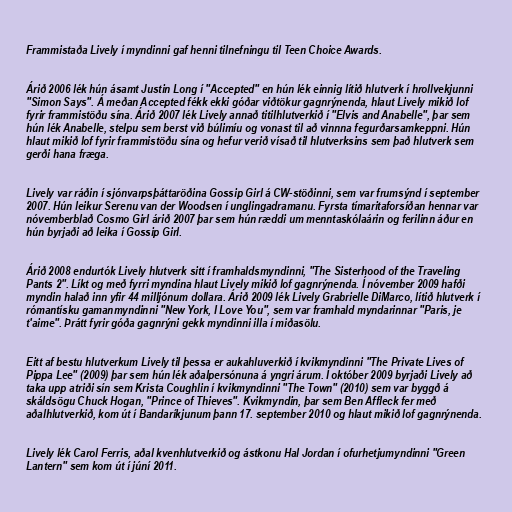
Frammistaða Lively í myndinni gaf henni tilnefningu til Teen Choice Awards.

Árið 2006 lék hún ásamt Justin Long í "Accepted" en hún lék einnig lítið hlutverk í hrollvekjunni
"Simon Says". Á meðan Accepted fékk ekki góðar viðtökur gagnrýnenda, hlaut Lively mikið lof
fyrir frammistöðu sína. Árið 2007 lék Lively annað titilhlutverkið í "Elvis and Anabelle", þar sem
hún lék Anabelle, stelpu sem berst við búlimíu og vonast til að vinnna fegurðarsamkeppni. Hún
hlaut mikið lof fyrir frammistöðu sína og hefur verið vísað til hlutverksins sem það hlutverk sem
gerði hana fræga.

Lively var ráðin í sjónvarpsþáttaröðina Gossip Girl á CW-stöðinni, sem var frumsýnd í september
2007. Hún leikur Serenu van der Woodsen í unglingadramanu. Fyrsta tímaritaforsíðan hennar var
nóvemberblað Cosmo Girl árið 2007 þar sem hún ræddi um menntaskólaárin og ferilinn áður en
hún byrjaði að leika í Gossip Girl.

Árið 2008 endurtók Lively hlutverk sitt í framhaldsmyndinni, "The Sisterhood of the Traveling
Pants 2". Líkt og með fyrri myndina hlaut Lively mikið lof gagnrýnenda. Í nóvember 2009 hafði
myndin halað inn yfir 44 milljónum dollara. Árið 2009 lék Lively Grabrielle DiMarco, lítið hlutverk í
rómantísku gamanmyndinni "New York, I Love You", sem var framhald myndarinnar "Paris, je
t'aime". Þrátt fyrir góða gagnrýni gekk myndinni illa í miðasölu.

Eitt af bestu hlutverkum Lively til þessa er aukahluverkið í kvikmyndinni "The Private Lives of
Pippa Lee" (2009) þar sem hún lék aðalpersónuna á yngri árum. Í október 2009 byrjaði Lively að
taka upp atriði sín sem Krista Coughlin í kvikmyndinni "The Town" (2010) sem var byggð á
skáldsögu Chuck Hogan, "Prince of Thieves". Kvikmyndin, þar sem Ben Affleck fer með
aðalhlutverkið, kom út í Bandaríkjunum þann 17. september 2010 og hlaut mikið lof gagnrýnenda.

Lively lék Carol Ferris, aðal kvenhlutverkið og ástkonu Hal Jordan í ofurhetjumyndinni "Green
Lantern" sem kom út í júní 2011.